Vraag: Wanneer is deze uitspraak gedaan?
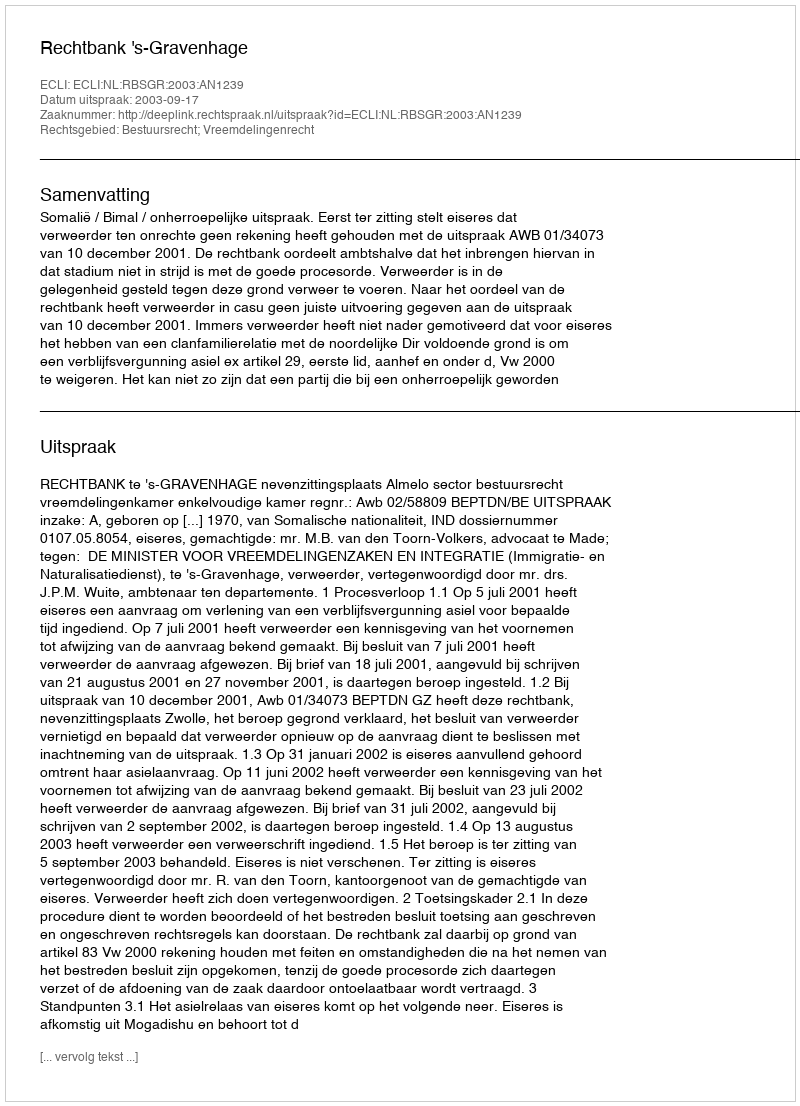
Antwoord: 2003-09-17